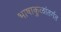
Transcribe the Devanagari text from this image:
भाषाकुळांतर्गत